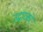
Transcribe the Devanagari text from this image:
उद्धारकों